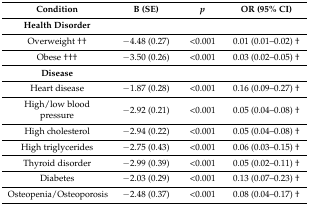
<table><thead><tr><td><b>Condition</b></td><td><b>B (SE)</b></td><td><b><i>p</i></b></td><td><b>OR (95% CI)</b></td></tr></thead><tbody><tr><td><b>Health Disorder</b></td><td>[EMPTY_CELL]</td><td>[EMPTY_CELL]</td><td>[EMPTY_CELL]</td></tr><tr><td>Overweight ††</td><td>−4.48 (0.27)</td><td>&lt;0.001</td><td>0.01 (0.01–0.02) †</td></tr><tr><td>Obese †††</td><td>−3.50 (0.26)</td><td>&lt;0.001</td><td>0.03 (0.02–0.05) †</td></tr><tr><td><b>Disease</b></td><td>[EMPTY_CELL]</td><td>[EMPTY_CELL]</td><td>[EMPTY_CELL]</td></tr><tr><td>Heart disease</td><td>−1.87 (0.28)</td><td>&lt;0.001</td><td>0.16 (0.09–0.27) †</td></tr><tr><td>High/low blood pressure</td><td>−2.92 (0.21)</td><td>&lt;0.001</td><td>0.05 (0.04–0.08) †</td></tr><tr><td>High cholesterol</td><td>−2.94 (0.22)</td><td>&lt;0.001</td><td>0.05 (0.04–0.08) †</td></tr><tr><td>High triglycerides</td><td>−2.75 (0.43)</td><td>&lt;0.001</td><td>0.06 (0.03–0.15) †</td></tr><tr><td>Thyroid disorder</td><td>−2.99 (0.39)</td><td>&lt;0.001</td><td>0.05 (0.02–0.11) †</td></tr><tr><td>Diabetes</td><td>−2.03 (0.29)</td><td>&lt;0.001</td><td>0.13 (0.07–0.23) †</td></tr><tr><td>Osteopenia/Osteoporosis</td><td>−2.48 (0.37)</td><td>&lt;0.001</td><td>0.08 (0.04–0.17) †</td></tr></tbody></table>